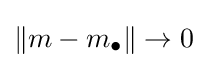
\left\|m-m_{\bullet }\right\|\to 0